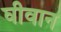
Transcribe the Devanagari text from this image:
घीवान